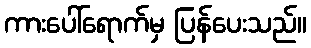
ကားပေါ်ရောက်မှ ပြန်ပေးသည်။